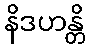
နိဒဟန္တိ